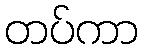
တပ်ကာ